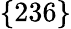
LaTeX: \lbrace 236\rbrace